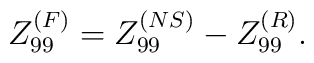
Z^{(F)}_{99}=Z^{(NS)}_{99} - Z^{(R)}_{99}.